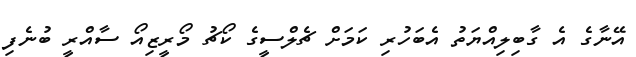
އޭނާގެ އެ ގާބިލިއްޔަތު އެބަހުރި ކަމަށް ޗެލްސީގެ ކޯޗު މޯރީޒިއޯ ސާއްރީ ބުނެފި